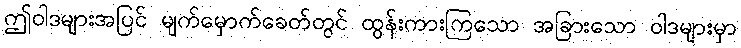
ဤဝါဒများအပြင် မျက်မှောက်ခေတ်တွင် ထွန်းကားကြသော အခြားသော ဝါဒများမှာ